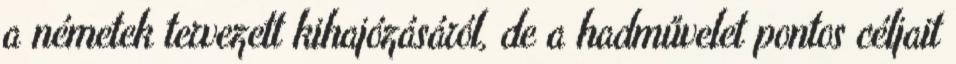
a németek tervezett kihajózásáról, de a hadművelet pontos céljait